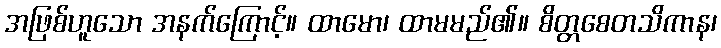
အဖြစ်ဟူသော အနက်ကြောင့်။ ထာမော၊ ထာမမည်၏။ စိတ္တစေတသိကာန၊